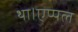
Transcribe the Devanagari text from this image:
था।एप्पल